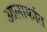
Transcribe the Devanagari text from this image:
आलाकांत